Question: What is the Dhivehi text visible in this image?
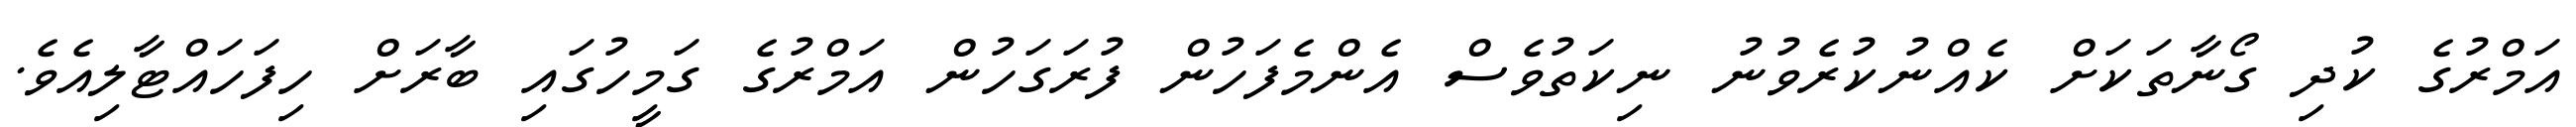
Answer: އަމްރުގެ ކުދި ގޯނާތަކަށް ކެއްނުކުރެވުނު ނިކަތުވެސް އެންމެފަހުން ފުރަގަހުން އަމްރުގެ ގަމީހުގައި ބާރަށް ހިފަހައްޓާލިއެވެ.